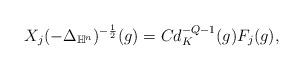
LaTeX: \begin{align*}{X_j (-\Delta_{\mathbb H^n})^{-\frac{1}{2}}(g)}=Cd_K^{-Q-1}(g)F_j(g),\end{align*}